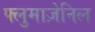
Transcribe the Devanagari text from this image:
फ्लुमाज़ेनिल